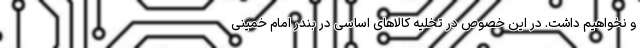
و نخواهیم داشت. در این خصوص در تخلیه کالاهای اساسی در بندر امام خمینی